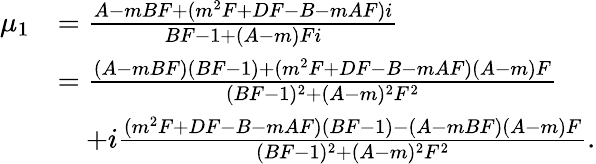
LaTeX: \begin{array}{rl}{\mu_{1}}&{=\frac{A-mBF+(m^{2}F+DF-B-mAF)i}{BF-1+(A-m)Fi}}\\ &{=\frac{(A-mBF)(BF-1)+(m^{2}F+DF-B-mAF)(A-m)F}{(BF-1)^{2}+(A-m)^{2}F^{2}}}\\ &{\quad+i\frac{(m^{2}F+DF-B-mAF)(BF-1)-(A-mBF)(A-m)F}{(BF-1)^{2}+(A-m)^{2}F^{2}}.}\end{array}